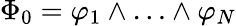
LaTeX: \Phi_{0}=\varphi_{1}\wedge\ldots\wedge\varphi_{N}